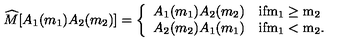
\widehat { M } [ A _ { 1 } ( m _ { 1 } ) A _ { 2 } ( m _ { 2 } ) ] = \left\{ \begin{array} { l l } { A _ { 1 } ( m _ { 1 } ) A _ { 2 } ( m _ { 2 } ) } & { \mathrm { i f m _ 1 \geq m _ 2 } } \\ { A _ { 2 } ( m _ { 2 } ) A _ { 1 } ( m _ { 1 } ) } & { \mathrm { i f m _ 1 < m _ 2 } . } \\ \end{array} \right.